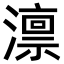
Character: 𪷤